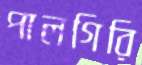
পালগিরি